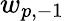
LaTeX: w_{p,-1}